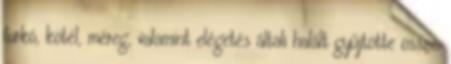
furkó, kötél, méreg, valamint elégetés általi halált gyűjtötte össze.